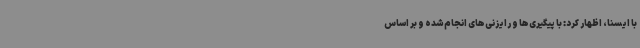
با ایسنا، اظهار کرد: با پیگیری‌ها و رایزنی‌های انجام‌شده و بر اساس